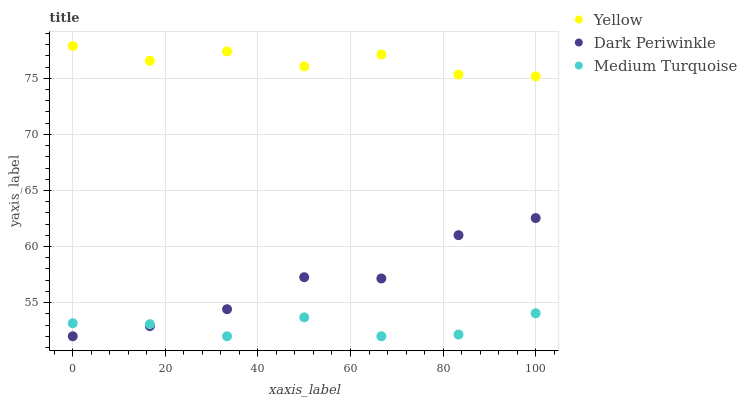
| xaxis_label | Yellow | Dark Periwinkle | Medium Turquoise |
 | --- | --- | --- | --- |
 | 0 | 77.9 | 52 | 53.2 |
 | 16.7 | 76.6 | 52.9 | 53.1 |
 | 33.3 | 77.4 | 54.4 | 52 |
 | 50 | 76.1 | 57.3 | 53.7 |
 | 66.7 | 77.1 | 57.2 | 52 |
 | 83.3 | 75.3 | 61 | 52.2 |
 | 100 | 75.2 | 62.5 | 54 |